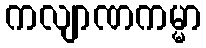
ကလျာဏကမ္မာ